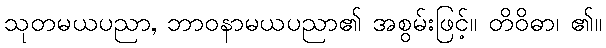
သုတမယပညာ, ဘာဝနာမယပညာ၏ အစွမ်းဖြင့်။ တိဝိဓာ၊ ၏။